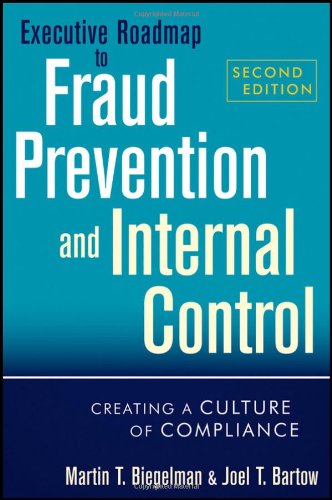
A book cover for Executive Roadmap to Fraud Prevention and Internal Control: Creating a Culture of Compliance; Martin T. Biegelman; Business & Money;